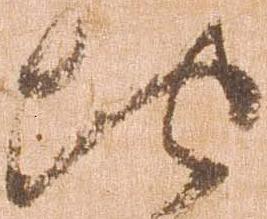
地